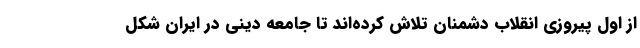
از اول پیروزی انقلاب دشمنان تلاش کرده‌اند تا جامعه دینی در ایران شکل